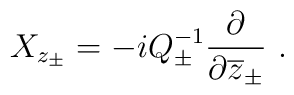
X_{z_{\pm}}=- i Q_{\pm}^{-1}\displaystyle\frac{\partial}{\partial\overline{z}_{\pm}}~.